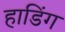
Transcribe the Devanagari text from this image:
हाडिंग